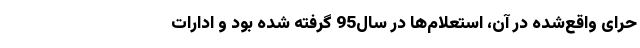
حرای واقع‌شده در آن، استعلام‌ها در سال‌95 گرفته شده بود و ادارات